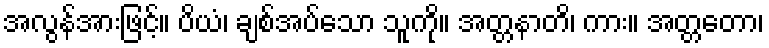
အလွန်အားဖြင့်။ ပိယံ၊ ချစ်အပ်သော သူကို။ အတ္တနာတိ၊ ကား။ အတ္တတော၊